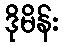
ဒိုမိန်း